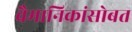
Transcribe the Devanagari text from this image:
वैमानिकांसोबत